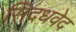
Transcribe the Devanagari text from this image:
सिदधवेद